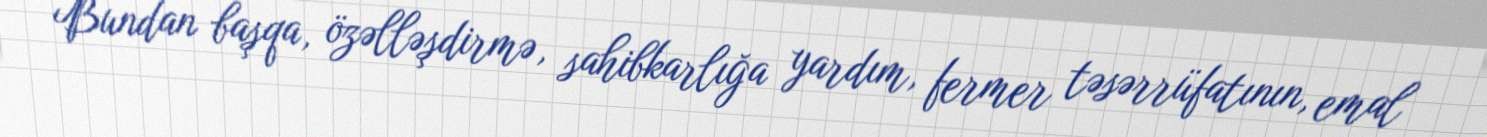
Bundan başqa, özəlləşdirmə, sahibkarlığa yardım, fermer təsərrüfatının, emal